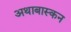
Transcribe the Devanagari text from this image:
अथाबास्कन